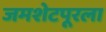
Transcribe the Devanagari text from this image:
जमशेटपूरला